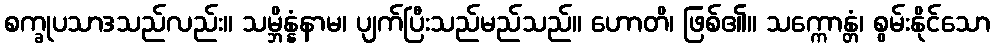
စက္ခုပသာဒသည်လည်း။ သမ္ဘိန္နံနာမ၊ ပျက်ပြီးသည်မည်သည်။ ဟောတိ၊ ဖြစ်၏။ သက္ကောန္တံ၊ စွမ်းနိုင်သော